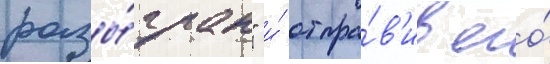
разы́гран" и́ отпра́в'ив его́